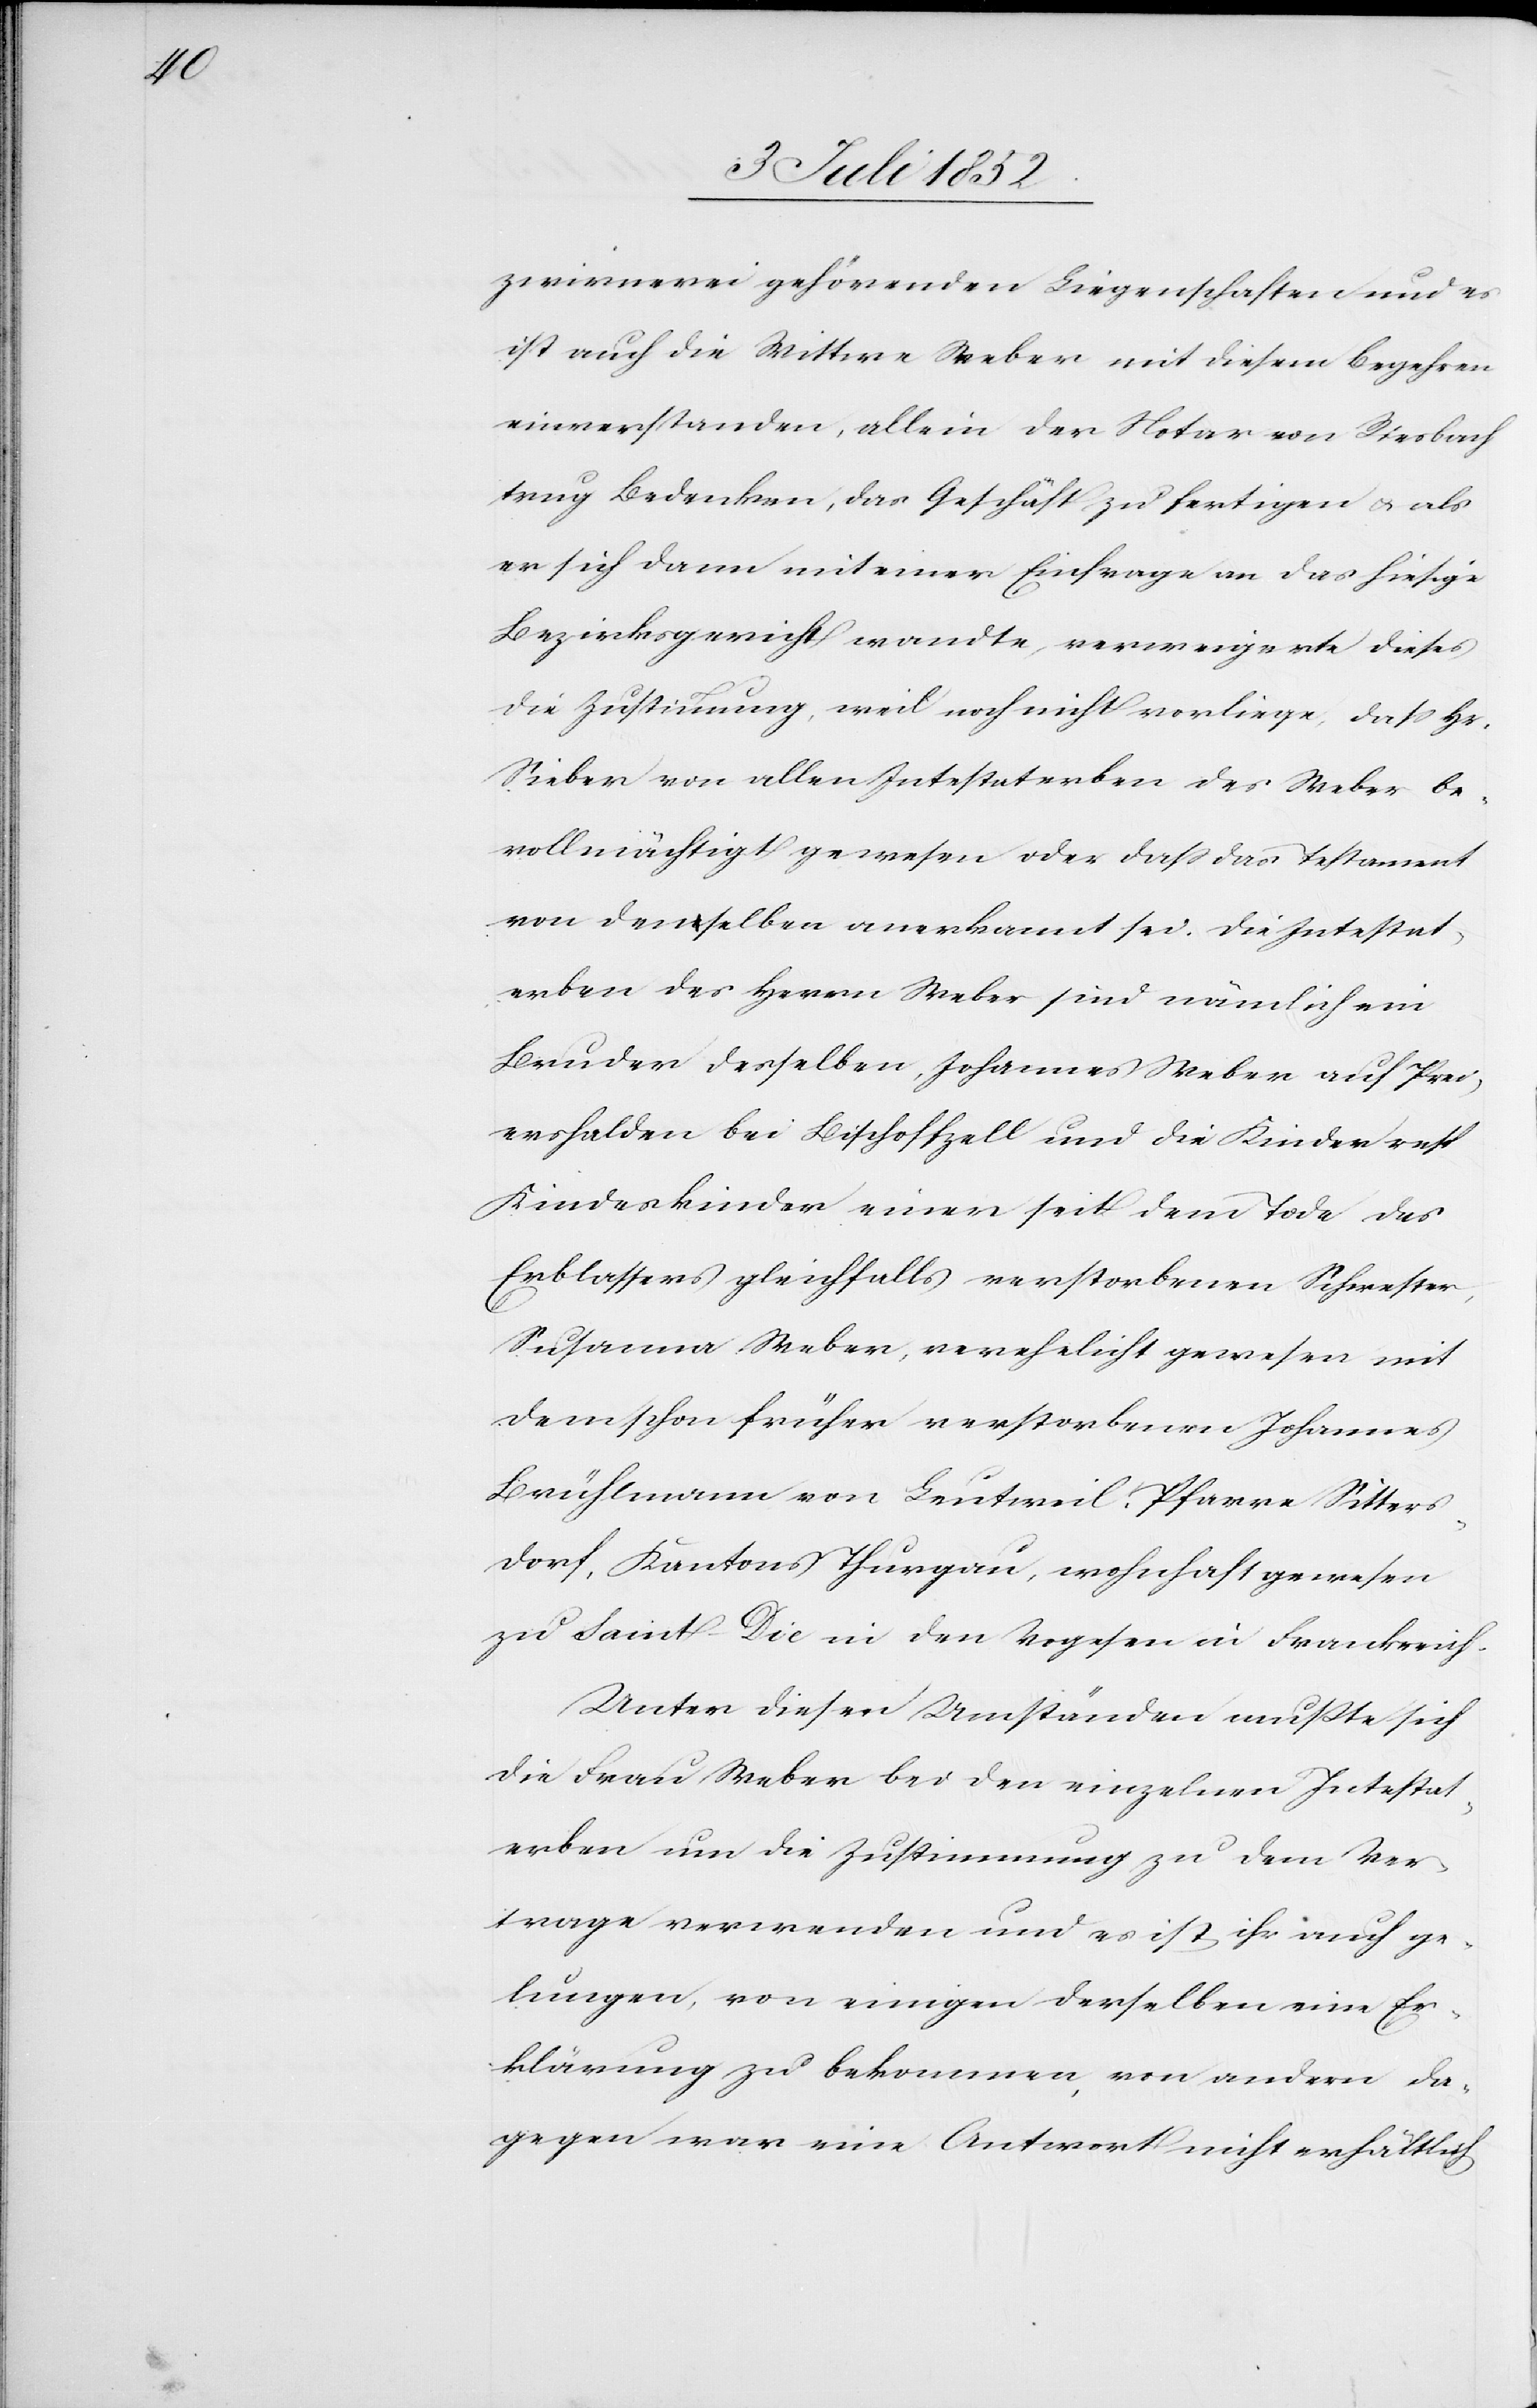
zwirnerei gehörenden Liegenschaften und es
ist auch die Wittwe Weber mit diesem Begehren
einverstanden, allein der Notar von Riesbach
trug Bedenken, das Geschäft zu fertigen & als
er sich dann mit einer Einfrage an das hiesige
Bezirksgericht wandte, verweigerte dieses
die Zustimmung, weil noch nicht vorliege, daß Hr:
Sieber von allen Intestaterben des Weber be¬
vollmächtigt gewesen oder dass das Testament
von denselben anerkannt sei. Die Intestat¬
erben des Herrn Weber sind nämlich ein
Bruder desselben, Johannes Weber auf Prei¬
ershalden bei Bischoffzell und die Kinder resp
Kindeskinder einer seit dem Tode des
Erblassers gleichfalls verstorbenen Schwester,
Susanna Weber, verehelicht gewesen mit
dem schon früher verstorbenen Johannes
Brühlmann von Leutweil, Pfarre Sitters¬
dorf, Kantons Thurgau, wohnhaft gewesen
zu Saint-Die in den Vogesen in Frankreich.
Unter diesen Umständen mußte sich
die Frau Weber bei den einzelnen Intestat¬
erben um die Zustimmung zu dem Ver¬
trage verwenden und es ist ihr auch ge¬
lungen, von einigen derselben eine Er¬
klärung zu bekommen, von andern da¬
gegen war eine Antwort nicht erhältlich